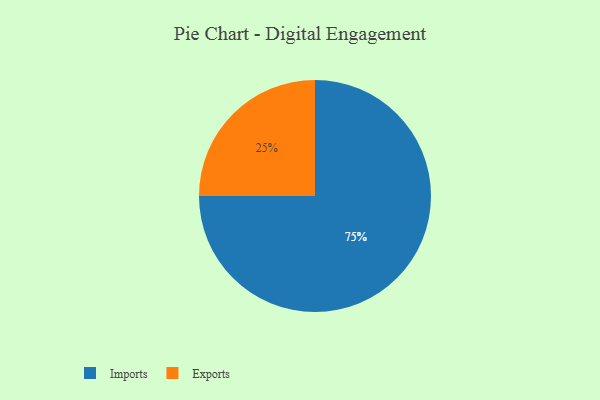
{"axis": {"x": "Category", "y": "Percentage"}, "legend": ["Exports", "Imports"], "data": [{"x": "Exports", "y": 25, "type": "Exports"}, {"x": "Imports", "y": 75, "type": "Imports"}]}